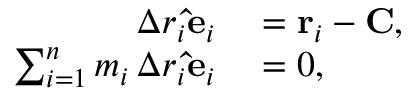
\begin{array} { r l } { \Delta r _ { i } \mathbf { \hat { e } } _ { i } } & { { } = \mathbf { r } _ { i } - \mathbf { C } , } \\ { \sum _ { i = 1 } ^ { n } m _ { i } \, \Delta r _ { i } \mathbf { \hat { e } } _ { i } } & { { } = 0 , } \end{array}